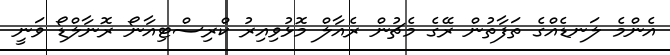
އެންމެ ލަނޑެއްގެ ތަފާތުން ރޭގެ މެޗުން ރެއާލް މޮޅުވިއިރު ކްރިސްޓިއާނޯ ރޮނާލްޑޯ ވަނީ